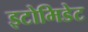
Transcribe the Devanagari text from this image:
इटोमिडेट